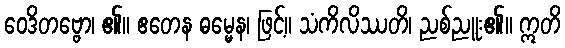
ဝေဒိတဗ္ဗော၊ ၏။ ဧတေန ဓမ္မေန၊ ဖြင့်။ သံကိလိဿတိ၊ ညစ်ညူး၏။ ဣတိ